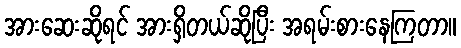
အားဆေးဆိုရင် အားရှိတယ်ဆိုပြီး အရမ်းစားနေကြတာ။